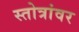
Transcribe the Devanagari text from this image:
स्तोत्रांवर